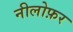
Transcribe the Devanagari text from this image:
नीलोफ़र